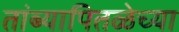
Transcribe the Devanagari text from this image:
तांब्यापितळेच्या